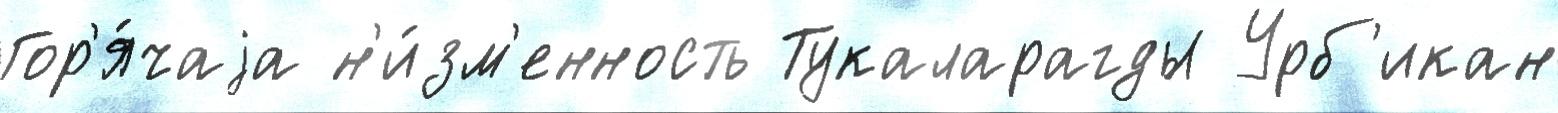
Гор'я́чаjа н'и́зм'енность Тукаларагды Урб'икан